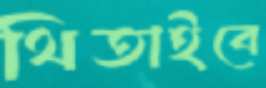
থিতাইবে